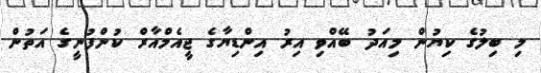
މި ބިލުގެ ކިޔުން މިއަދު ބޭއްވި އިރު އިންޑިޔާގެ ޖީއެމްއާރް ކުންފުނީގެ އަތުން